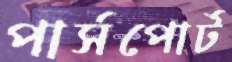
পার্সপোর্ট